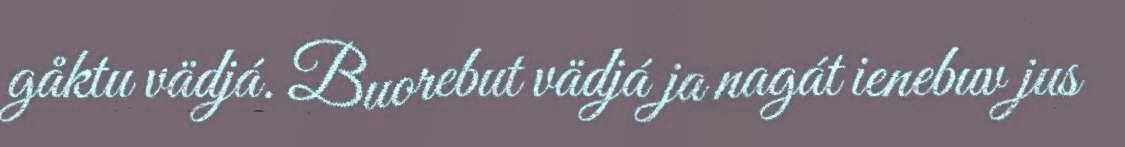
gåktu vädjá. Buorebut vädjá ja nagát ienebuv jus